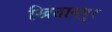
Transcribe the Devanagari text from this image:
खिताबपुर